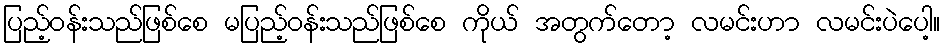
ပြည့်ဝန်းသည်ဖြစ်စေ မပြည့်ဝန်းသည်ဖြစ်စေ ကိုယ် အတွက်တော့ လမင်းဟာ လမင်းပဲပေါ့။